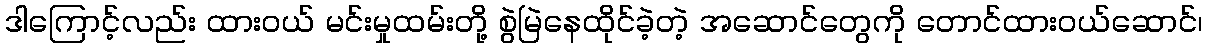
ဒါကြောင့်လည်း ထားဝယ် မင်းမှုထမ်းတို့ စွဲမြဲနေထိုင်ခဲ့တဲ့ အဆောင်တွေကို တောင်ထားဝယ်ဆောင်၊